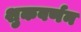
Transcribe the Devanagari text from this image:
शुकवर्णन